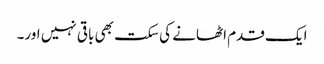
ایک قدم اٹھانے کی سکت بھی باقی نہیں اور۔